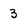
Character: 3